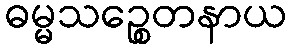
ဓမ္မသဉ္စေတနာယ